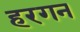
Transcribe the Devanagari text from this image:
हरगन